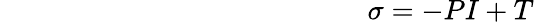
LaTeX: ~~~~~~~~~~~~~~~~~~~~~~~~~~~~~~~~~~~~~~~~~~~~~~~~~~~~\sigma=-PI+T